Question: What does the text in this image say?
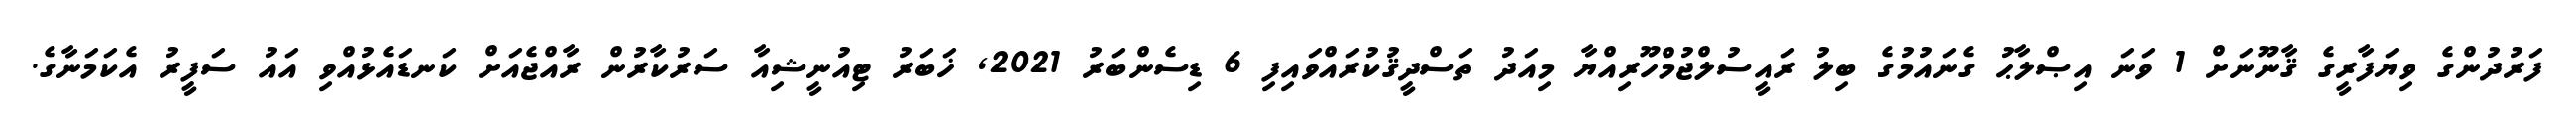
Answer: ފަރުދުންގެ ވިޔަފާރީގެ ޤާނޫނަށް 1 ވަނަ އިޞްލާޙު ގެނައުމުގެ ބިލު ރައީސުލްޖުމްހޫރިއްޔާ މިއަދު ތަސްދީޤުކުރައްވައިފި 6 ޑިސެންބަރު 2021, ޚަބަރު ޓިއުނީޝިއާ ސަރުކާރުން ރާއްޖެއަށް ކަނޑައެޅުއްވި އައު ސަފީރު އެކަމަނާގެ.